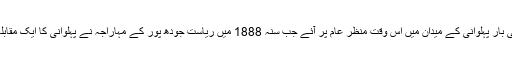
گاما پہلوان پہلی بار پہلوانی کے میدان میں اس وقت منظر عام پر آئے جب سنہ 1888 میں ریاست جودھ پور کے مہاراجہ نے پہلوانی کا ایک مقابلہ منعقد کروایا۔